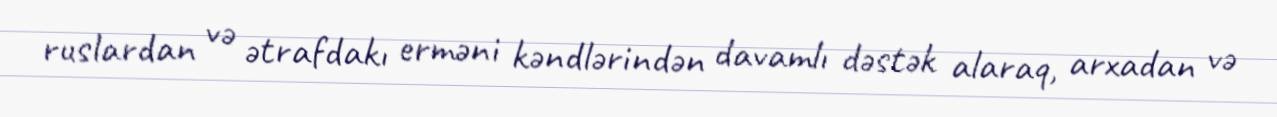
ruslardan və ətrafdakı erməni kəndlərindən davamlı dəstək alaraq, arxadan və